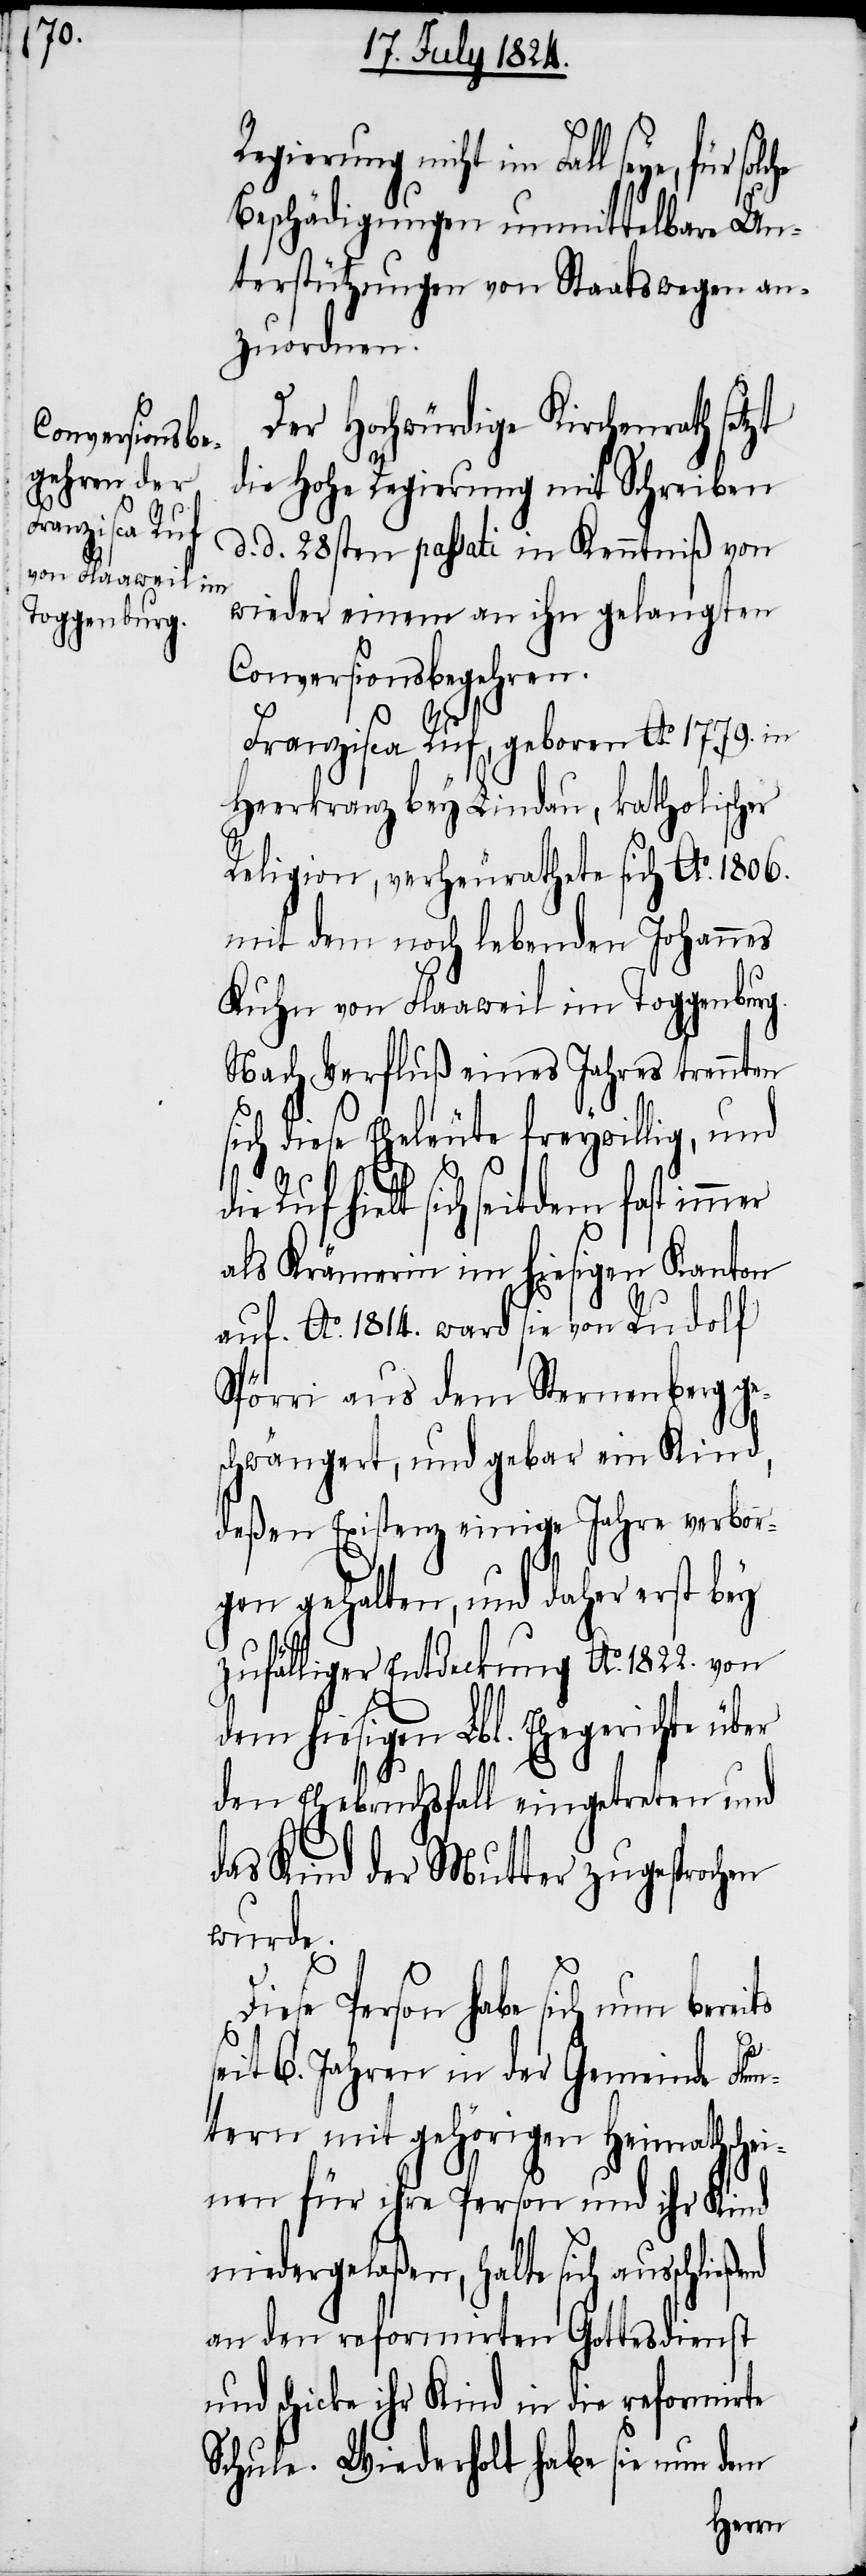
Regierung nicht im Fall seye, für
Beschädigungen unmittelbar Un¬
terstützungen von Staatswegen an¬
zuordnen.
Der Hochwürdige Kirchenrath setzt
die Hohe Regierung mit Schreiben
d. d. 28sten passati in Kenntniß von
wieder einem an ihn gelangten
Conversionsbegehren.
Franzisca Ruf, geboren Ao. 1779. in
Heerkranz bey Lindau, katholischer
Religion, verheurathete sich Ao. 1806.
mit dem noch lebenden Johannes
Kuhn von Flaaweil im Toggenburg.
Nach Verfluß eines Jahres trennten
sich diese Eheleute freywillig, und
Ruf hielt sich seitdem fast
als Krämerin im hiesigen Kanton
auf. Ao. 1814. ward sie von Rudolf
Spörri aus dem Sternenberg ge¬
schwängert, und gebar ein Kind,
deßen Existenz einige Jahre verbor¬
nd
gen gehalten, und daher erst bey
zufälliger Entdeckung Ao. 1822. von
dem hiesigen Lbl. Ehegerichte über
den Ehebruchsfall eingetreten und
das Kind der Mutter zugesprochen
wurde.
iese Person habe sich nun
seit 6. Jahren in der Gemeinde Flun¬
tern mit gehörigen Heimathschei¬
nen für ihre Person und ihr Kind
niedergelaßen, halte sich ausschließe¬
an den reformirten Gottesdienst
und schicke ihr Kind in die reformirte
Schule. Wiederholt habe sie nun dem